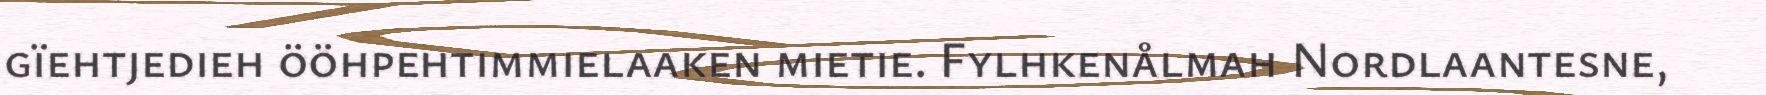
gïehtjedieh ööhpehtimmielaaken mietie. Fylhkenålmah Nordlaantesne,